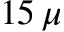
1 5 \, \mu